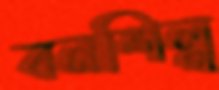
বনশিল্প